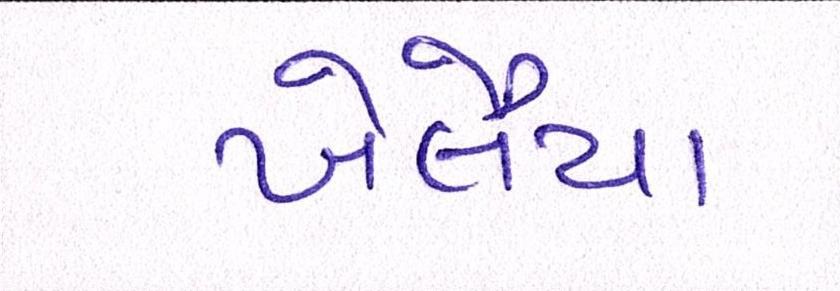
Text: ખેલૈયા